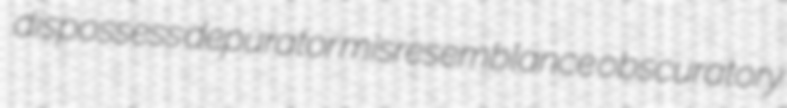
dispossess depurator misresemblance obscuratory